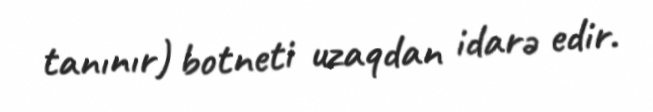
tanınır) botneti uzaqdan idarə edir.